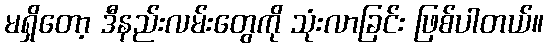
မရှိတော့ ဒီနည်းလမ်းတွေကို သုံးလာခြင်း ဖြစ်ပါတယ်။